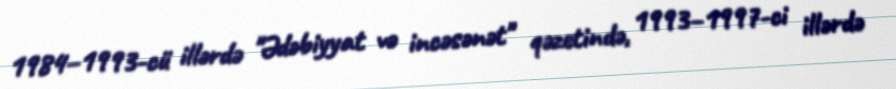
1984–1993-cü illərdə "Ədəbiyyat və incəsənət" qəzetində, 1993–1997-ci illərdə